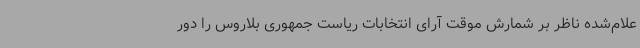
علام‌شده ناظر بر شمارش موقت آرای انتخابات ریاست جمهوری بلاروس را دور